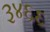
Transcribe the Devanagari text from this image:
३४६६